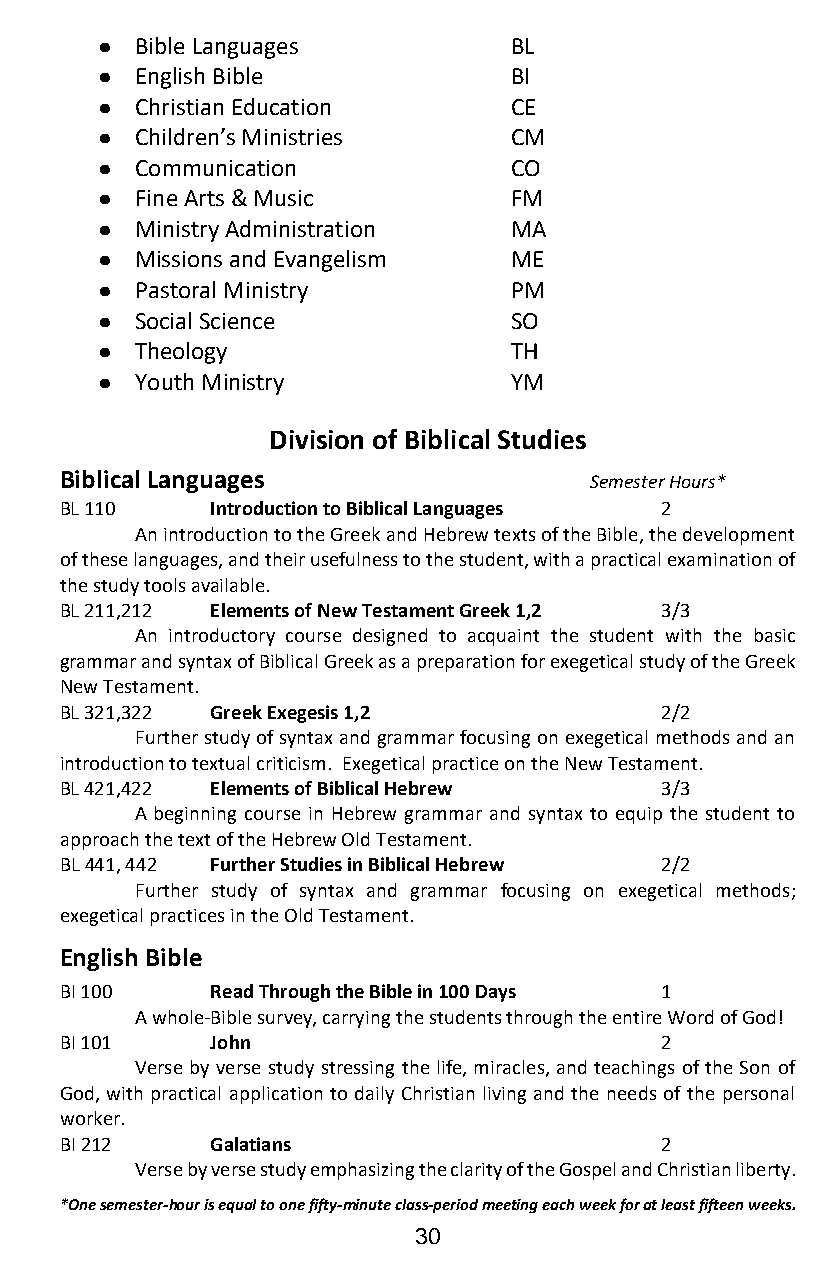
●  Bible Languages          BL
 ●  English Bible            BI
 ●  Christian Education      CE
 ●  Children’s Ministries    CM
 ●  Communication            CO
 ●  Fine Arts & Music        FM
 ●  Ministry Administration  MA
 ●  Missions and Evangelism  ME
 ●  Pastoral Ministry        PM
 ●  Social Science           SO
 ●  Theology                 TH
 ●  Youth Ministry           YM
 Division of Biblical Studies
 Biblical Languages                 Semester Hours*
 BL 110    Introduction to Biblical Languages 2
 An introduction to the Greek and Hebrew texts of the Bible, the development
 of these languages, and their usefulness to the student, with a practical examination of
 the study tools available.
 BL 211,212 Elements of New Testament Greek 1,2 3/3
 An introductory course designed to acquaint the student with the basic
 grammar and syntax of Biblical Greek as a preparation for exegetical study of the Greek
 New Testament.
 BL 321,322 Greek Exegesis 1,2           2/2
 Further study of syntax and grammar focusing on exegetical methods and an
 introduction to textual criticism. Exegetical practice on the New Testament.
 BL 421,422 Elements of Biblical Hebrew  3/3
 A beginning course in Hebrew grammar and syntax to equip the student to
 approach the text of the Hebrew Old Testament.
 BL 441, 442 Further Studies in Biblical Hebrew 2/2
 Further study of syntax and grammar focusing on exegetical methods;
 exegetical practices in the Old Testament.
 English Bible
 BI 100    Read Through the Bible in 100 Days 1
 A whole-Bible survey, carrying the students through the entire Word of God!
 BI 101    John                          2
 Verse by verse study stressing the life, miracles, and teachings of the Son of
 God, with practical application to daily Christian living and the needs of the personal
 worker.
 BI 212    Galatians                     2
 Verse by verse study emphasizing the clarity of the Gospel and Christian liberty.
 *One semester-hour is equal to one fifty-minute class-period meeting each week for at least fifteen weeks.
 30